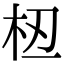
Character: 𫞈